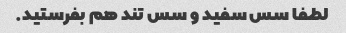
لطفا سس سفید و سس تند هم بفرستید.